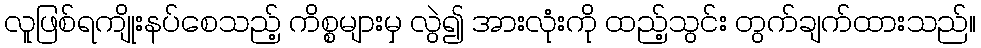
လူဖြစ်ရကျိုးနပ်စေသည့် ကိစ္စများမှ လွဲ၍ အားလုံးကို ထည့်သွင်း တွက်ချက်ထားသည်။